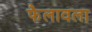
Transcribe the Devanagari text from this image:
फैलावला